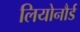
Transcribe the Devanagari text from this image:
लियोनौर्ड